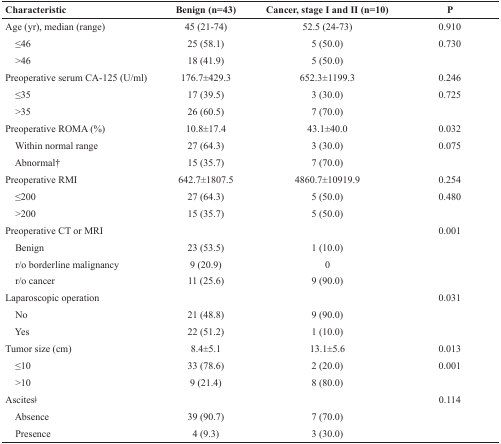
<table><thead><tr><td><b>Characteristic</b></td><td><b>Benign (n=43)</b></td><td><b>Cancer, stage I and II (n=10)</b></td><td><b>P</b></td></tr></thead><tbody><tr><td>Age (yr), median (range)</td><td>45 (21-74)</td><td>52.5 (24-73)</td><td>0.910</td></tr><tr><td> ≤46</td><td>25 (58.1)</td><td>5 (50.0)</td><td>0.730</td></tr><tr><td> &gt;46</td><td>18 (41.9)</td><td>5 (50.0)</td><td></td></tr><tr><td>Preoperative serum CA-125 (U/ml)</td><td>176.7±429.3</td><td>652.3±1199.3</td><td>0.246</td></tr><tr><td> ≤35</td><td>17 (39.5)</td><td>3 (30.0)</td><td>0.725</td></tr><tr><td> &gt;35</td><td>26 (60.5)</td><td>7 (70.0)</td><td></td></tr><tr><td>Preoperative ROMA (%)</td><td>10.8±17.4</td><td>43.1±40.0</td><td>0.032</td></tr><tr><td> Within normal range</td><td>27 (64.3)</td><td>3 (30.0)</td><td>0.075</td></tr><tr><td> Abnormal†</td><td>15 (35.7)</td><td>7 (70.0)</td><td></td></tr><tr><td>Preoperative RMI</td><td>642.7±1807.5</td><td>4860.7±10919.9</td><td>0.254</td></tr><tr><td> ≤200</td><td>27 (64.3)</td><td>5 (50.0)</td><td>0.480</td></tr><tr><td> &gt;200</td><td>15 (35.7)</td><td>5 (50.0)</td><td></td></tr><tr><td>Preoperative CT or MRI</td><td></td><td></td><td>0.001</td></tr><tr><td> Benign</td><td>23 (53.5)</td><td>1 (10.0)</td><td></td></tr><tr><td> r/o borderline malignancy</td><td>9 (20.9)</td><td>0</td><td></td></tr><tr><td> r/o cancer</td><td>11 (25.6)</td><td>9 (90.0)</td><td></td></tr><tr><td>Laparoscopic operation</td><td></td><td></td><td>0.031</td></tr><tr><td> No</td><td>21 (48.8)</td><td>9 (90.0)</td><td></td></tr><tr><td> Yes</td><td>22 (51.2)</td><td>1 (10.0)</td><td></td></tr><tr><td>Tumor size (cm)</td><td>8.4±5.1</td><td>13.1±5.6</td><td>0.013</td></tr><tr><td> ≤10</td><td>33 (78.6)</td><td>2 (20.0)</td><td>0.001</td></tr><tr><td> &gt;10</td><td>9 (21.4)</td><td>8 (80.0)</td><td></td></tr><tr><td>Ascitesǂ</td><td></td><td></td><td>0.114</td></tr><tr><td> Absence</td><td>39 (90.7)</td><td>7 (70.0)</td><td></td></tr><tr><td> Presence</td><td>4 (9.3)</td><td>3 (30.0)</td><td></td></tr></tbody></table>